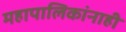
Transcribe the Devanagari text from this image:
महापालिकांनाही